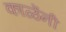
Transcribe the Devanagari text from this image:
काळेंनी